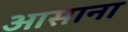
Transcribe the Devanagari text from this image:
आसाना